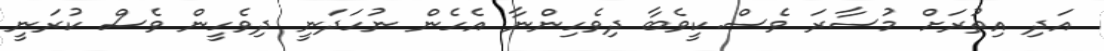
އަދި އިތުރަށް މުސާރަ ވެސް.ކީވެބާ ދިވެހިންނާ އެހެން ނުހަދަނީ ދިވެހީން ވެސް ކުރަނީ